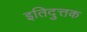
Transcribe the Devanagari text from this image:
इतिदुत्तक